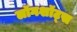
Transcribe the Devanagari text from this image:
लॉगशॉट्स